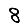
Digit: 8